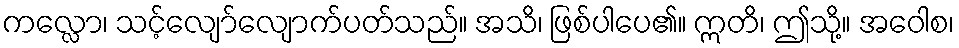
ကလ္လော၊ သင့်လျော်လျောက်ပတ်သည်။ အသိ၊ ဖြစ်ပါပေ၏။ ဣတိ၊ ဤသို့။ အဝေါစ၊